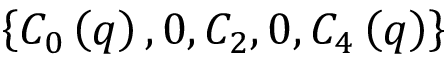
\left\{ C _ { 0 } \left( q \right) , 0 , C _ { 2 } , 0 , C _ { 4 } \left( q \right) \right\}